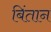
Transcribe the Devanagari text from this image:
बिंतान